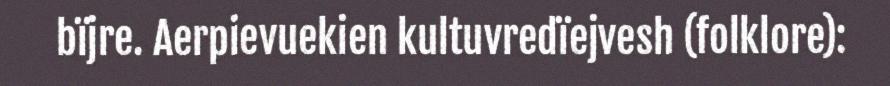
bïjre. Aerpievuekien kultuvredïejvesh (folklore):